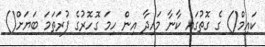
ކައިމް() ގެ ގޮތުގައި ކާނާ މައިދާ އިން ހިމަ ގޮހޮރުގެ ފުރަތަމަ ބަޔަށް()